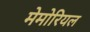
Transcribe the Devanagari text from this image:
मेमोरियल